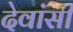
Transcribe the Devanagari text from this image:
देवांसी